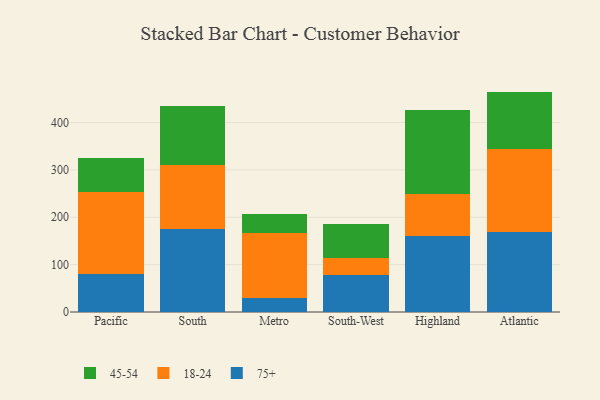
{"axis": {"x": "Region", "y": "Headcount"}, "legend": ["18-24", "45-54", "75+"], "data": [{"x": "Pacific", "y": 79.5, "type": "75+"}, {"x": "Pacific", "y": 172.8, "type": "18-24"}, {"x": "Pacific", "y": 72.3, "type": "45-54"}, {"x": "South", "y": 176.2, "type": "75+"}, {"x": "South", "y": 135.0, "type": "18-24"}, {"x": "South", "y": 123.8, "type": "45-54"}, {"x": "Metro", "y": 30.2, "type": "75+"}, {"x": "Metro", "y": 137.5, "type": "18-24"}, {"x": "Metro", "y": 39.5, "type": "45-54"}, {"x": "South-West", "y": 78.8, "type": "75+"}, {"x": "South-West", "y": 35.3, "type": "18-24"}, {"x": "South-West", "y": 71.8, "type": "45-54"}, {"x": "Highland", "y": 161.3, "type": "75+"}, {"x": "Highland", "y": 88.0, "type": "18-24"}, {"x": "Highland", "y": 176.3, "type": "45-54"}, {"x": "Atlantic", "y": 168.0, "type": "75+"}, {"x": "Atlantic", "y": 175.1, "type": "18-24"}, {"x": "Atlantic", "y": 122.1, "type": "45-54"}]}